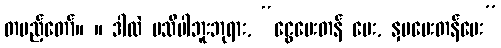
တပည့်တော်။ ။ ဒါလဲ မသိပါဘူးဘုရား, “ငွေပေးတန် ပေး, နှမပေးတန်ပေး”